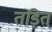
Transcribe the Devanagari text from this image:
तड़ित्‌